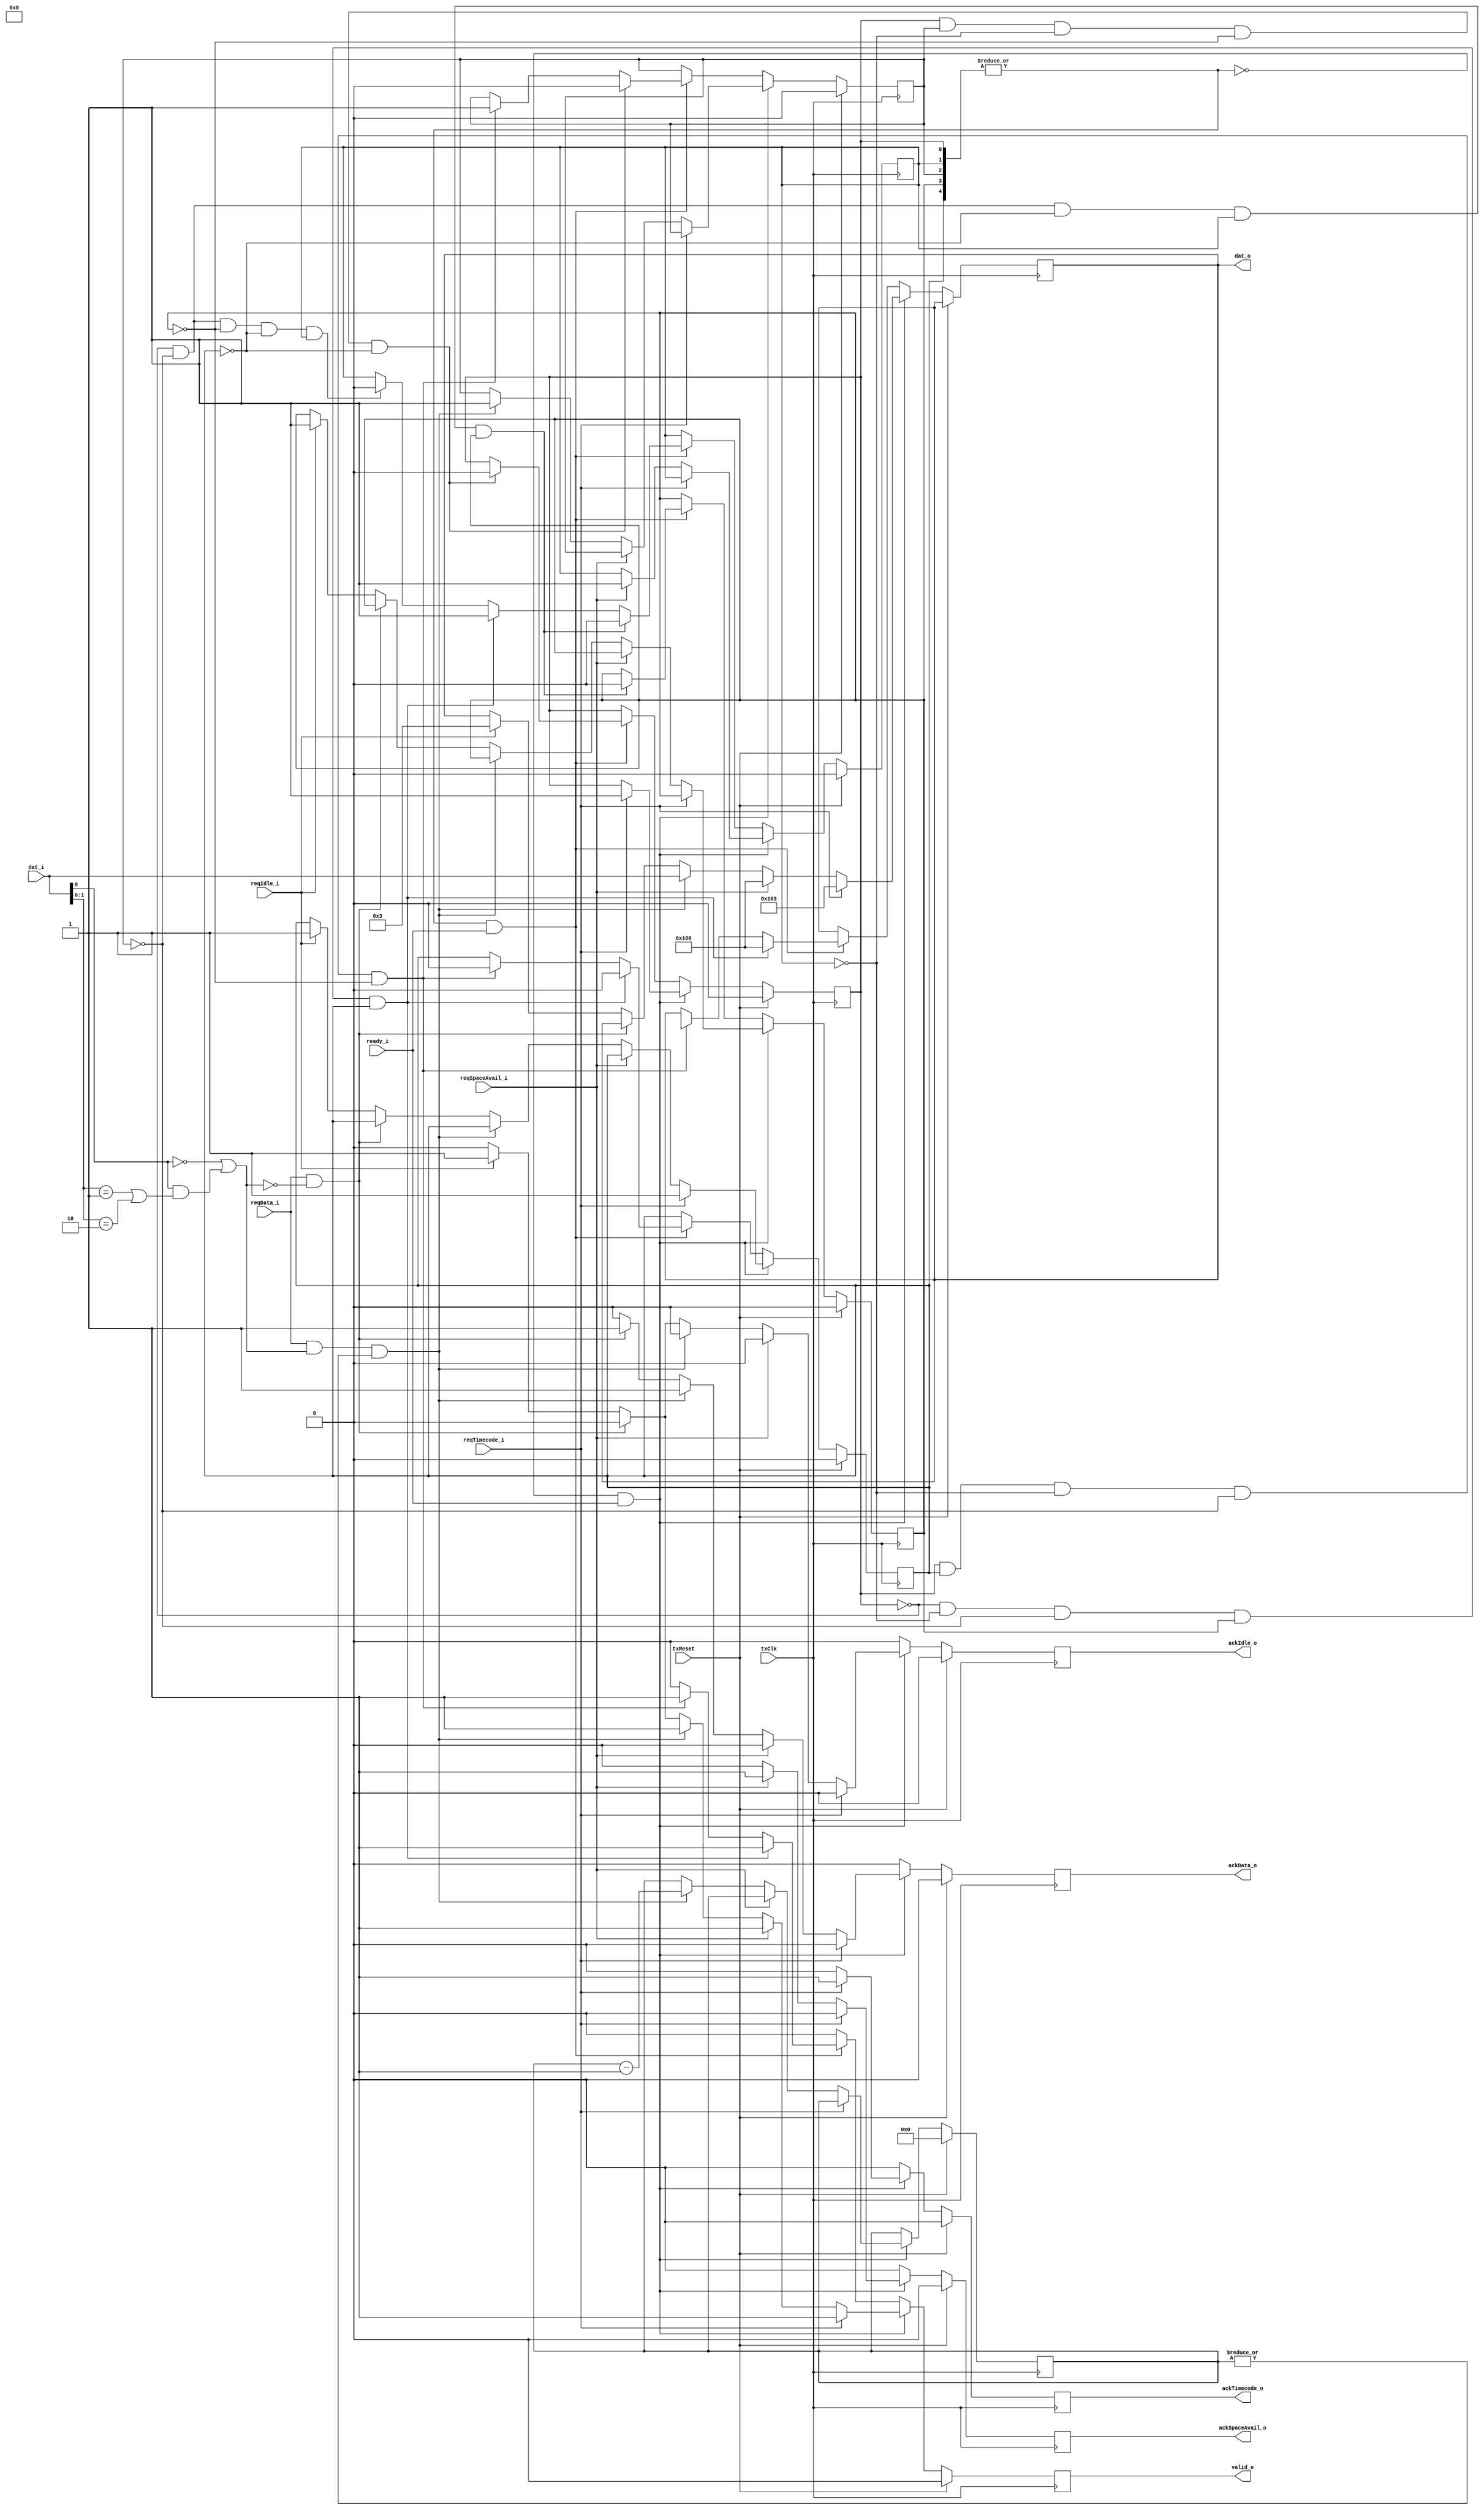
module tx_DS_sel(
	input		txClk,
	input		txReset,
	input		ready_i,
	input		reqTimecode_i,
	input		reqSpaceAvail_i,
	input		reqData_i,
	input		reqIdle_i,
	input	[8:0]	dat_i,
	output		ackTimecode_o,
	output		ackSpaceAvail_o,
	output		ackData_o,
	output		ackIdle_o,
	output		valid_o,
	output	[8:0]	dat_o
);
	reg		sendingTimecode,
			sendingCredit,
			sendingData,
			sendingIdle,
			escPending;
	reg	[5:0]	txCredit;
	reg		ackTimecode_o, ackSpaceAvail_o, ackData_o, ackIdle_o, valid_o;

	wire		haveCredit = |txCredit;
	wire		isBusy = |{sendingTimecode, sendingCredit, sendingData, sendingIdle, escPending};
	wire		isNChar = dat_i[8] == 0;
	wire		isEOP = (dat_i[8] == 1) && ((dat_i[1:0] == 2'b01) || (dat_i[1:0] == 2'b10));
	wire		isValid = isNChar | isEOP;

	always @(posedge txClk) begin
		sendingTimecode <= sendingTimecode;
		sendingCredit <= sendingCredit;
		sendingData <= sendingData;
		sendingIdle <= sendingIdle;
		escPending <= escPending;
		txCredit <= txCredit;

		valid_o <= 0;
		ackTimecode_o <= 0;
		ackSpaceAvail_o <= 0;
		ackData_o <= 0;
		ackIdle_o <= 0;

		if(txReset) begin
			sendingTimecode <= 0;
			sendingCredit <= 0;
			sendingData <= 0;
			sendingIdle <= 0;
			escPending <= 0;
			txCredit <= 0;
		end
		else begin
			if(~isBusy && ready_i) begin
				if(reqTimecode_i) begin
					ackTimecode_o <= 1;
					sendingTimecode <= 1;
					escPending <= 1;
					dat_o <= 9'b1_0000_0011;
					valid_o <= 1;
				end
				else if(reqSpaceAvail_i) begin
					ackSpaceAvail_o <= 1;
					sendingCredit <= 1;
					dat_o <= 9'b1_0000_0000;
					valid_o <= 1;
				end
				else if(reqData_i && isValid && haveCredit) begin
					ackData_o <= 1;
					sendingData <= 1;
					dat_o <= dat_i;
					valid_o <= 1;
					txCredit <= txCredit - 1;
				end
				else if(reqData_i && ~isValid) begin
					ackData_o <= 1;
				end
				else if(reqIdle_i) begin
					ackIdle_o <= 1;
					sendingIdle <= 1;
					escPending <= 1;
					dat_o <= 8'b1_0000_0011;
					valid_o <= 1;
				end
			end
			else if(isBusy && ready_i) begin
				if(sendingTimecode && escPending && ~sendingCredit && ~sendingData && ~sendingIdle) begin
					escPending <= 0;
					sendingData <= 1;
					dat_o <= {1'b0, timecode_i};
					valid_o <= 1;
				end
				if(sendingTimecode && sendingData && ~sendingCredit && ~sendingIdle && ~escPending) begin
					sendingTimecode <= 0;
					sendingData <= 0;
				end
				if(~sendingTimecode && ~sendingData && ~sendingIdle && ~escPending && sendingCredit) begin
					sendingCredit <= 0;
				end
				if(~sendingTimecode && ~sendingCredit && ~sendingData && sendingIdle && escPending) begin
					escPending <= 0;
					sendingCredit <= 1;
					dat_o <= 9'b1_0000_0000;
					valid_o <= 1;
				end
				if(~sendingTimecode && ~sendingData && ~escPending && sendingCredit && sendingIdle) begin
					sendingCredit <= 0;
					sendingIdle <= 0;
				end
			end
		end
	end
endmodule